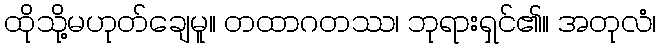
ထိုသို့မဟုတ်ချေမူ။ တထာဂတဿ၊ ဘုရားရှင်၏။ အတုလံ၊